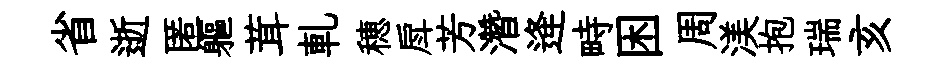
省逝匿軀茸軋穂戽芳濳逄畤困周渼抱瑞亥